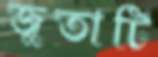
জুতাটি